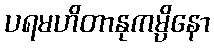
ပရမဟိတာနုကမ္ပိနော